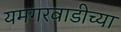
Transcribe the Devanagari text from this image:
यमगरवाडीच्या